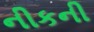
નીકની